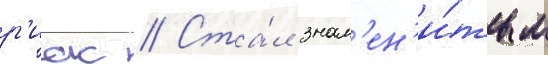
р'иас // Ста́л знам'ен'и́тым